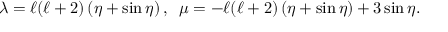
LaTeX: \lambda = \ell ( \ell + 2 ) \left( \eta + \sin \eta \right) , \; \; \mu = - \ell ( \ell + 2 ) \left( \eta + \sin \eta \right) + 3 \sin \eta .